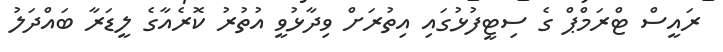
ރައީސް ޓްރަމްޕް ގެ ސިޓީފުޅުގައި އިތުރަށް ވިދާޅުވީ އުތުރު ކޮރެއާގެ ލީޑަރާ ބައްދަލު